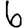
Digit: 6